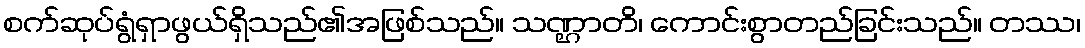
စက်ဆုပ်ရွံရှာဖွယ်ရှိသည်၏အဖြစ်သည်။ သဏ္ဌာတိ၊ ကောင်းစွာတည်ခြင်းသည်။ တဿ၊